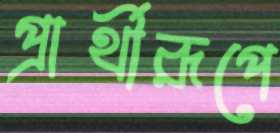
প্রার্থীরূপে